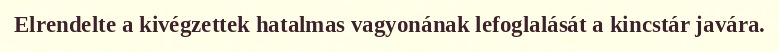
Elrendelte a kivégzettek hatalmas vagyonának lefoglalását a kincstár javára.